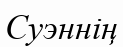
Суэннің